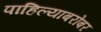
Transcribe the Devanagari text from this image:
पाहिल्याबरोबर